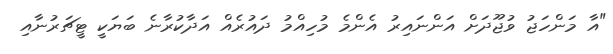
"އާ މަންހަޖު ވުޖޫދަށް އަންނައިރު އެންމެ މުހިއްމު ދައުރެއް އަދާކުރާނެ ބަޔަކީ ޓީޗަރުނާއި